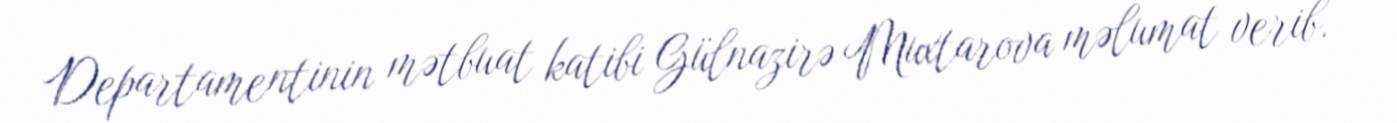
Departamentinin mətbuat katibi Gülnazirə Muxtarova məlumat verib.